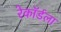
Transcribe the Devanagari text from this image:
रेकॉर्डला